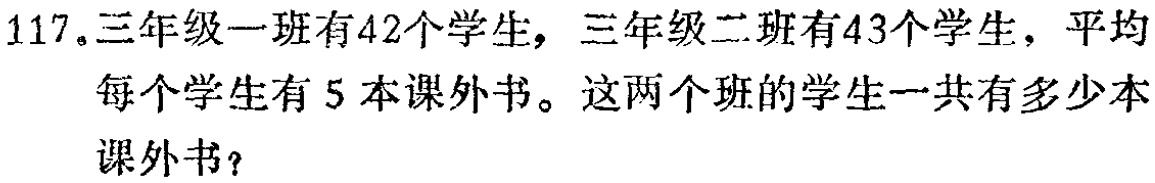
117.三年级一班有42个学生，三年级二班有43个学生，平均每个学生有5本课外书。这两个班的学生一共有多少本课外书？